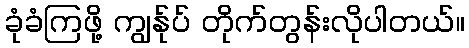
ခုံခံကြဖို့ ကျွန်ုပ် တိုက်တွန်းလိုပါတယ်။